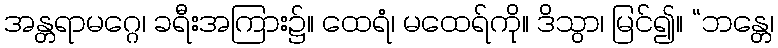
အန္တရာမဂ္ဂေ၊ ခရီးအကြား၌။ ထေရံ၊ မထေရ်ကို။ ဒိသွာ၊ မြင်၍။ “ဘန္တေ၊